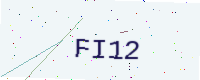
Text: FI12